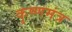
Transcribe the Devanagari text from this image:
कृष्णमंत्र